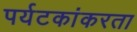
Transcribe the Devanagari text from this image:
पर्यटकांकरता